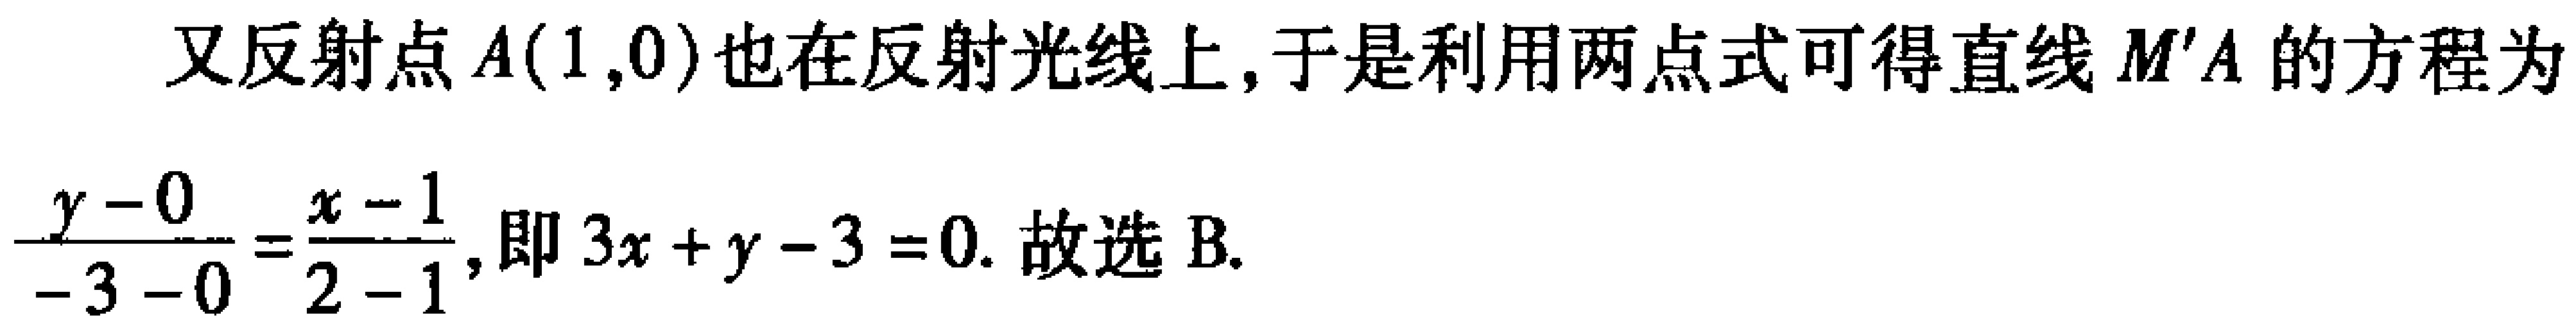
又反射点\(A(1,0)\)也在反射光线上,于是利用两点式可得直线\(M'A\)的方程为
\(\frac{y - 0}{-3 - 0}=\frac{x - 1}{2 - 1}\),即\(3x + y - 3 = 0\). 故选 B.